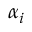
\alpha _ { i }